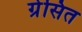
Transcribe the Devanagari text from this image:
ग्रेसित